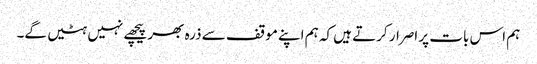
ہم اس بات پر اصرار کرتے ہیں کہ ہم اپنے موقف سے ذرہ بھر پیچھے نہیں ہٹیں گے۔